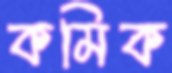
কমিক